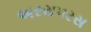
અરસપરસ